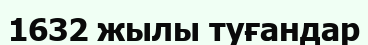
1632 жылы туғандар